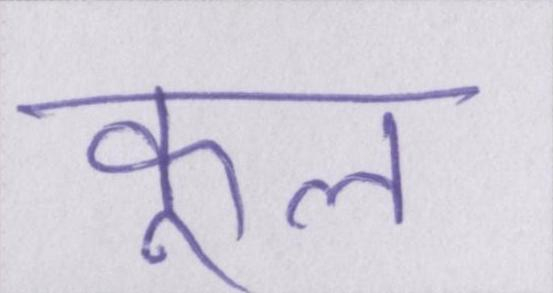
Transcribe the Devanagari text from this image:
कूल